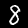
Label: 8